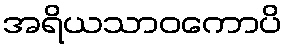
အရိယသာဝကောပိ